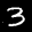
Label: 3